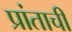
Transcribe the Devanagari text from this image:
प्रांताचीं